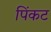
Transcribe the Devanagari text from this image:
पिंकट